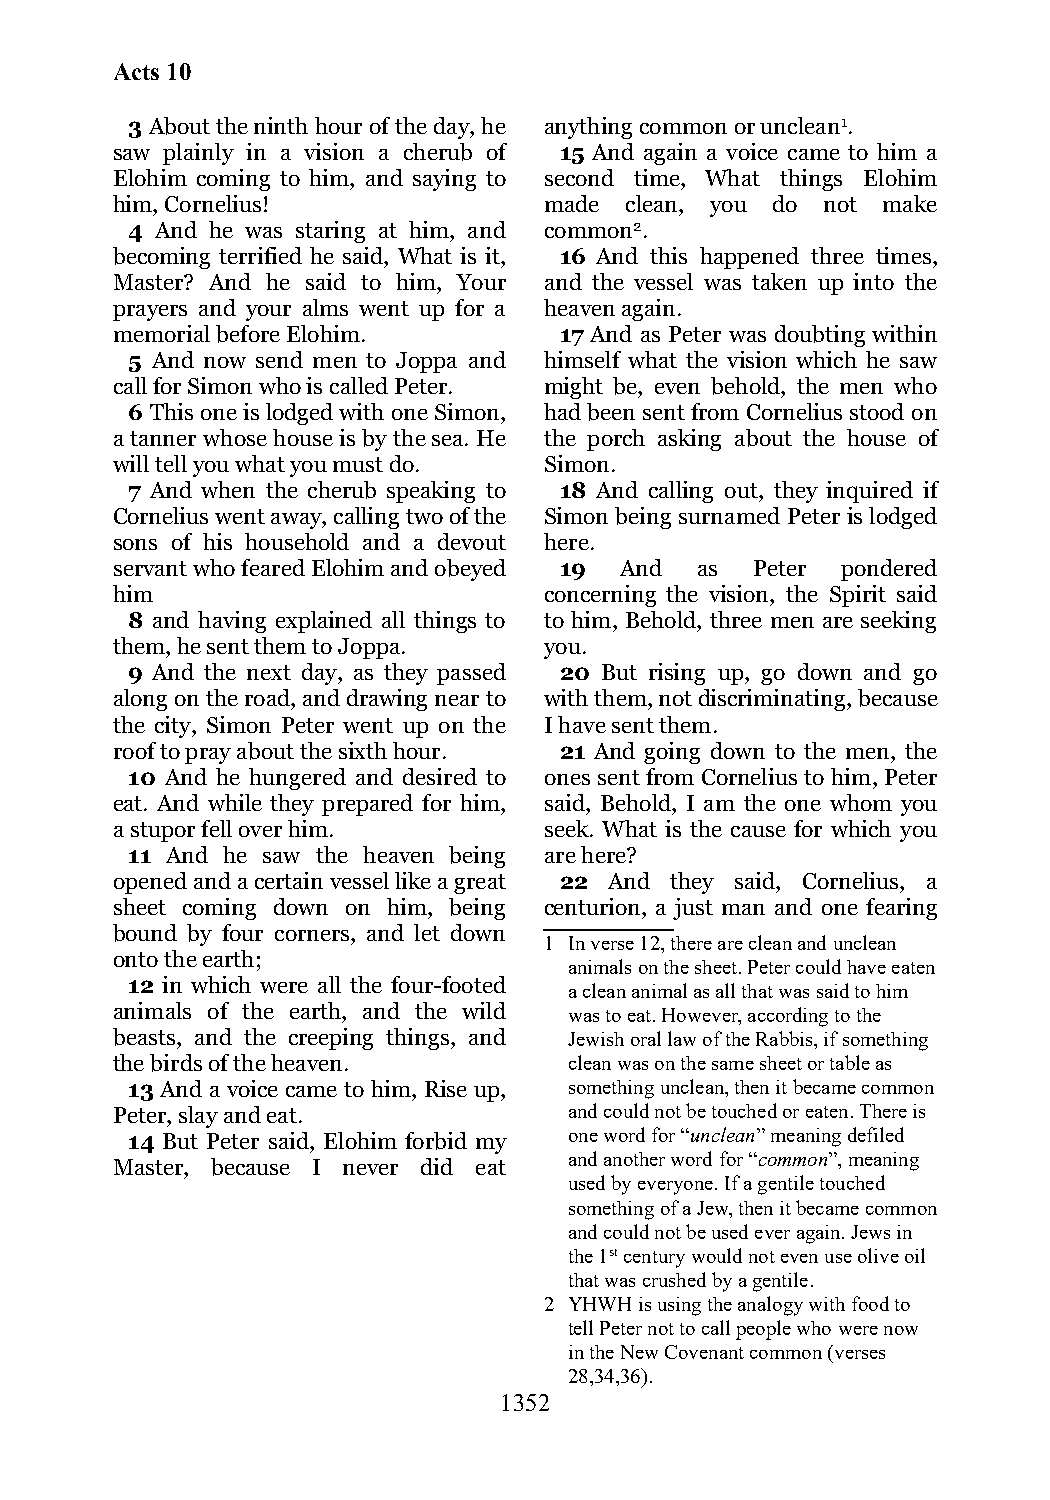
Acts 10
 3 About the ninth hour of the day, he anything common or unclean1.
 saw plainly in a vision a cherub of 15 And again a voice came to him a
 Elohim coming to him, and saying to second time, What things Elohim
 him, Cornelius!              made clean, you do not make
 4 And he was staring at him, and common2.
 becoming terrified he said, What is it, 16 And this happened three times,
 Master? And he said to him, Your and the vessel was taken up into the
 prayers and your alms went up for a heaven again.
 memorial before Elohim.       17 And as Peter was doubting within
 5 And now send men to Joppa and himself what the vision which he saw
 call for Simon who is called Peter. might be, even behold, the men who
 6 This one is lodged with one Simon, had been sent from Cornelius stood on
 a tanner whose house is by the sea. He the porch asking about the house of
 will tell you what you must do. Simon.
 7 And when the cherub speaking to 18 And calling out, they inquired if
 Cornelius went away, calling two of the Simon being surnamed Peter is lodged
 sons of his household and a devout here.
 servant who feared Elohim and obeyed 19 And as Peter pondered
 him                          concerning the vision, the Spirit said
 8 and having explained all things to to him, Behold, three men are seeking
 them, he sent them to Joppa. you.
 9 And the next day, as they passed 20 But rising up, go down and go
 along on the road, and drawing near to with them, not discriminating, because
 the city, Simon Peter went up on the I have sent them.
 roof to pray about the sixth hour. 21 And going down to the men, the
 10 And he hungered and desired to ones sent from Cornelius to him, Peter
 eat. And while they prepared for him, said, Behold, I am the one whom you
 a stupor fell over him.      seek. What is the cause for which you
 11 And he saw the heaven being are here?
 opened and a certain vessel like a great 22 And they said, Cornelius, a
 sheet coming down on him, being centurion, a just man and one fearing
 bound by four corners, and let down
 1 In verse 12, there are clean and unclean
 onto the earth;
 animals on the sheet. Peter could have eaten
 12 in which were all the four-footed
 a clean animal as all that was said to him
 animals of the earth, and the wild was to eat. However, according to the
 beasts, and the creeping things, and Jewish oral law of the Rabbis, if something
 the birds of the heaven.       clean was on the same sheet or table as
 13 And a voice came to him, Rise up, something unclean, then it became common
 Peter, slay and eat.           and could not be touched or eaten. There is
 14 But Peter said, Elohim forbid my one word for “unclean” meaning defiled
 and another word for “common”, meaning
 Master, because I never did eat
 used by everyone. If a gentile touched
 something of a Jew, then it became common
 and could not be used ever again. Jews in
 the 1st century would not even use olive oil
 that was crushed by a gentile.
 2 YHWH is using the analogy with food to
 tell Peter not to call people who were now
 in the New Covenant common (verses
 28,34,36).
 1352